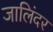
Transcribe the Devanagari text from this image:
जालिंदर